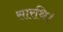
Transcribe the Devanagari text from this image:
सारथि।